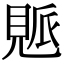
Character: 𧡒